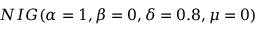
{ \cal N I G } ( \alpha = 1 , \beta = 0 , \delta = 0 . 8 , \mu = 0 )